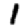
Digit: 1